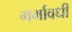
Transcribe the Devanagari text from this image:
गर्भावधी